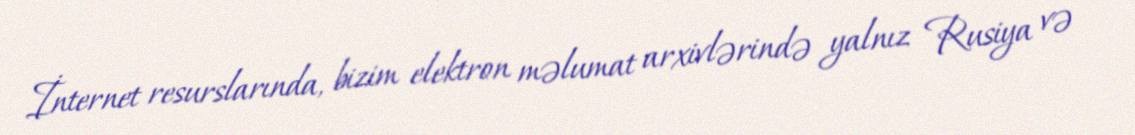
İnternet resurslarında, bizim elektron məlumat arxivlərində yalnız Rusiya və